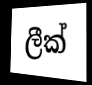
ලීක්